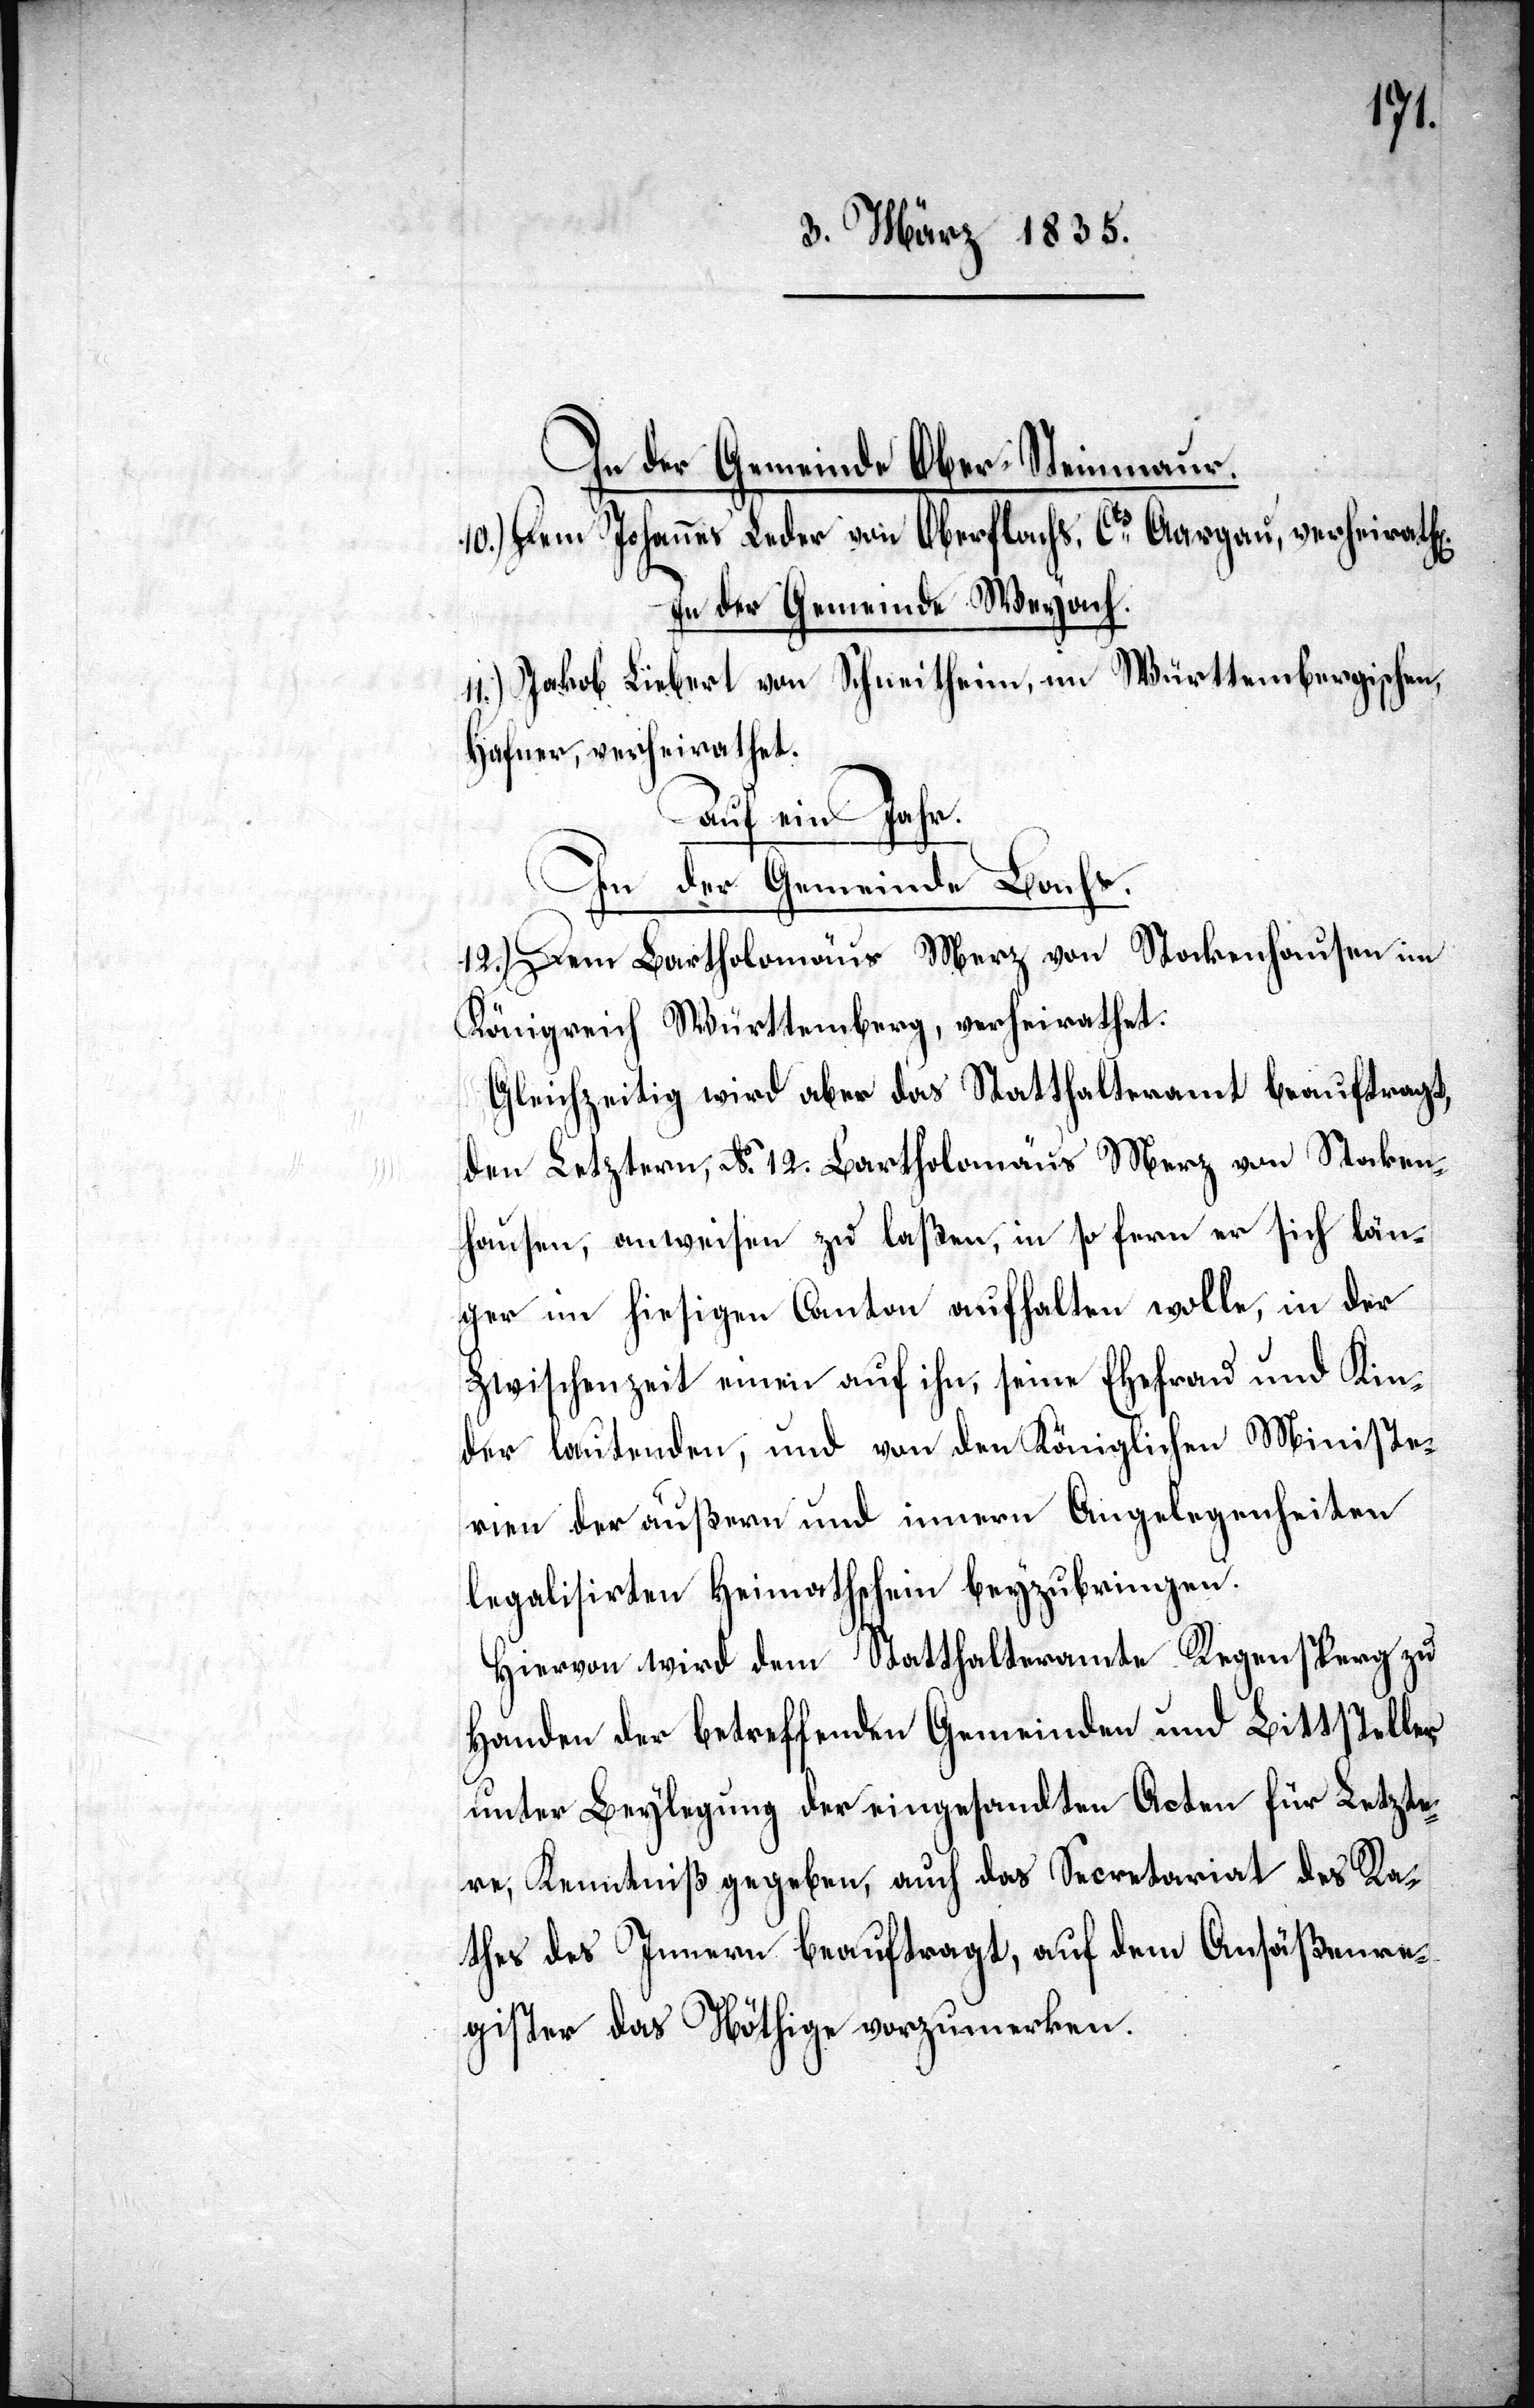
t].

In der Gemeinde Ober-Steinmaur.
10.) Dem Johannes Leder von Oberflachs, Cts. Aargau verheirath[e¬
In der Gemeinde Weyach.
11.) Jakob Liebert von Schneitheim, im Württembergischen,
Hafner, verheirathet.
Auf ein Jahr.
In der Gemeinde Bachs.
12.) Dem Bartholomäus Merz von Stockenhausen im
Königreich Württemberg, verheirathet.
Gleichzeitig wird aber das Statthalteramt beauftragt,
den Letztern, No. 12. Bartholomäus Merz von Stocken¬
hausen, anweisen zu laßen, in so fern er sich län¬
ger im hiesigen Canton aufhalten wolle, in der
Zwischenzeit einen auf ihn, seine Ehefrau und Kin¬
der lautenden, und von den Königlichen Ministe¬
rien der äußern und innern Angelegenheiten
legalisirten Heimathschein beyzubringen.
Hiervon wird dem Statthalteramt Regensperg zu
Handen der betreffenden Gemeinden und Bittsteller,
unter Beylegung der eingesandten Acten für Letzte¬
re, Kenntniß gegeben, auch das Secretariat des Ra¬
thes des Innern beauftragt, auf dem Ansäßenre¬
gister das Nöthige vorzumerken.